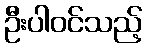
ဦးပါဝင်သည့်